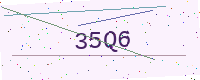
Text: 35Q6